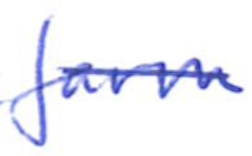
Text: farm
Cross-out: single-line
Writing tool: ballpoint